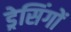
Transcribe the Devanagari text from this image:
ड्रेसिंगों